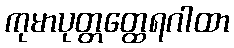
ကုမာပုတ္တတ္ထေရဂါထာ